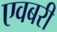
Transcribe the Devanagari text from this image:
एवबरी